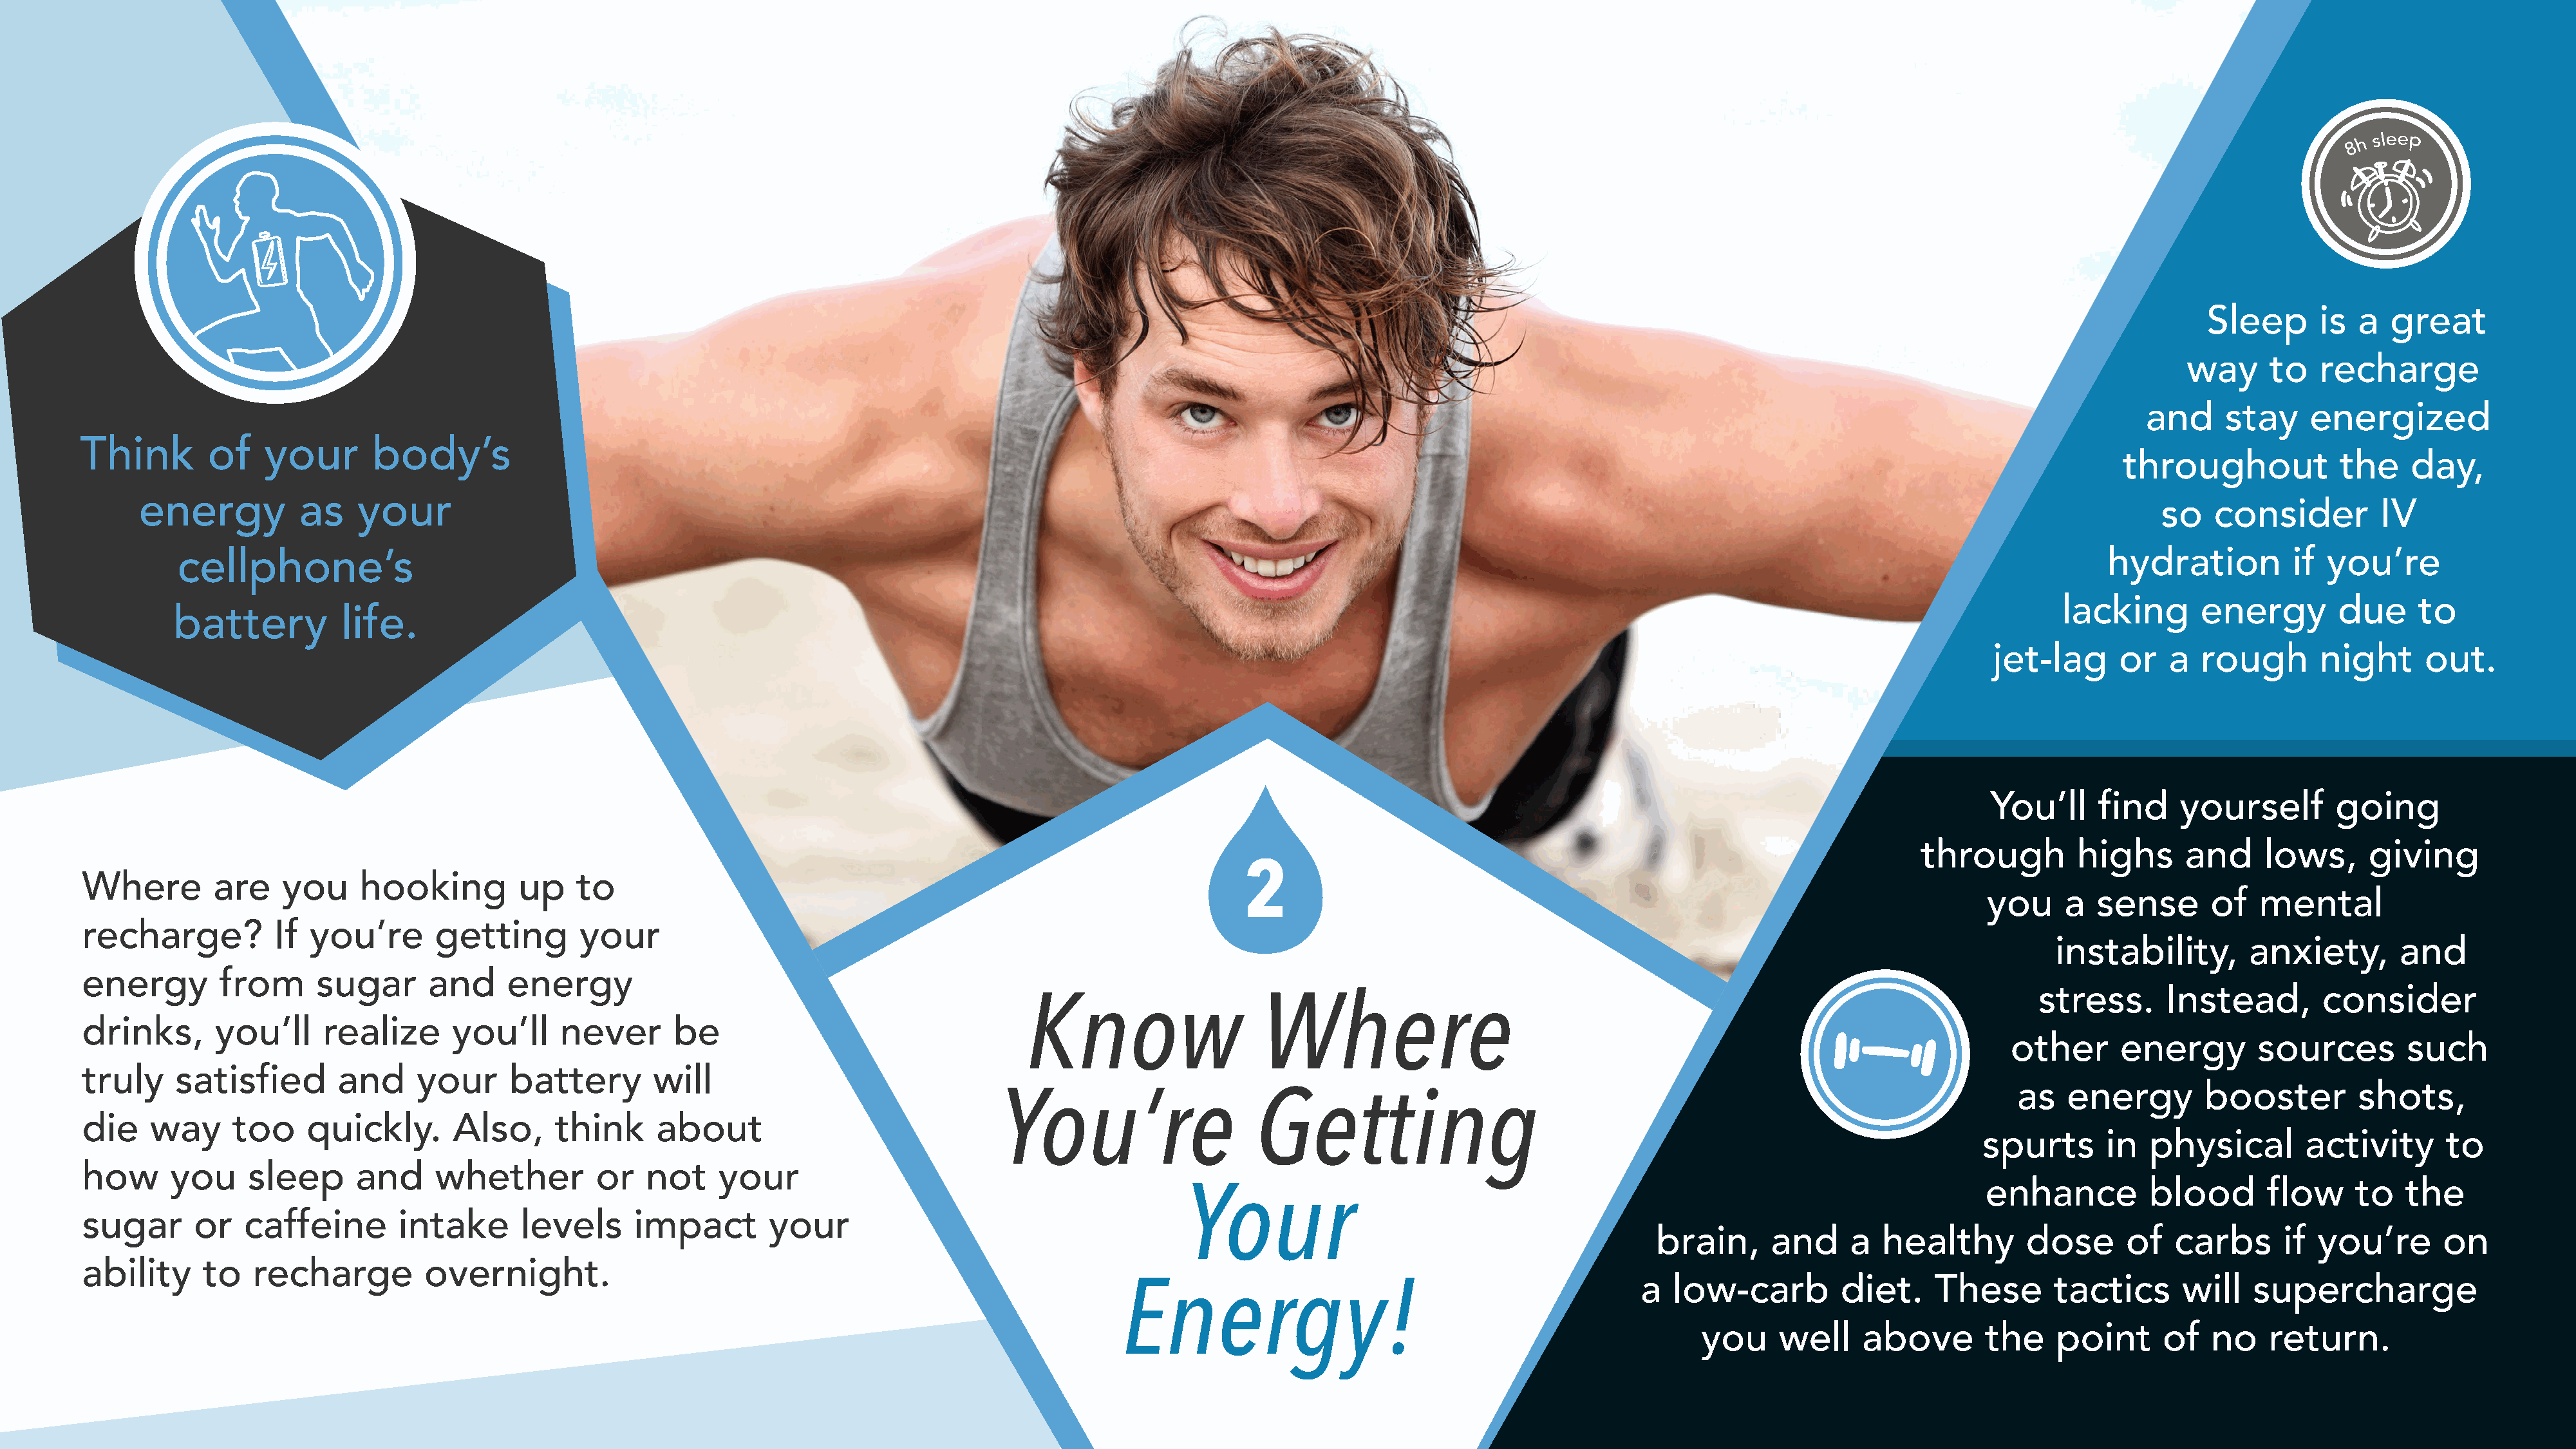
Sleep      is  a   great
 way     to   recharge
 and     stay    energized
 Think        of    your       body’s
 throughout             the    day,
 energy           as    your
 so    consider         IV
 cellphone’s                                                                                                                                                                                            hydration          if you’re
 lacking       energy        due      to
 battery          life.
 jet-lag      or   a  rough       night      out.
 You’ll     find    yourself        going
 through          highs      and     lows,     giving
 2
 Where         are    you     hooking         up    to
 you     a   sense      of   mental
 recharge?           If  you’re       getting        your
 instability,        anxiety,        and
 energy         from      sugar      and     energy
 Know                     Where                                                                           stress.      Instead,        consider
 drinks,       you’ll     realize      you’ll      never      be
 other      energy        sources        such
 truly     satisfied        and     your     battery        will
 You’re                    Getting                                                                       as   energy         booster        shots,
 die    way      too     quickly.       Also,     think     about
 spurts      in   physical        activity      to
 how      you     sleep       and     whether         or   not     your
 Your                                                                              enhance          blood       flow     to   the
 sugar       or   caffeine        intake       levels     impact        your
 brain,      and     a  healthy        dose       of   carbs      if you’re       on
 ability      to   recharge          overnight.
 Energy!
 a  low-carb         diet.     These       tactics      will    supercharge
 you     well    above        the    point      of   no    return.